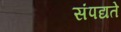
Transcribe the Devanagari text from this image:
संपद्यते